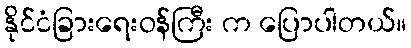
နိုင်ငံခြားရေးဝန်ကြီး က ပြောပါတယ်။